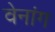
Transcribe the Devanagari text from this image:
वेनांग